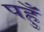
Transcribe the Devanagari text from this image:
पहुँ